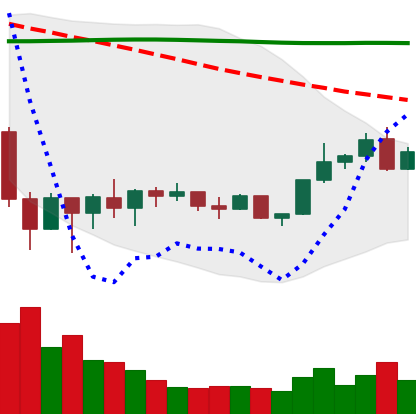
Ticker: BNB-USD
Chart end date: 2022-02-09
Forward return: -4.451%
Label: down_3_5